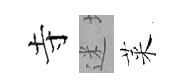
寺迷萊